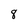
Character: 8